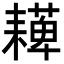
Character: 𦔠